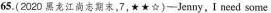
65.(2020黑龙江尚期末,7,★★☆)-Jenny,I need some